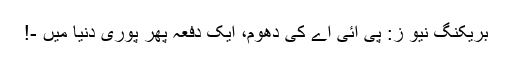
بریکنگ نیو ز: پی آئی اے کی دھوم، ایک دفعہ پھر پوری دنیا میں -!